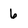
Character: 6